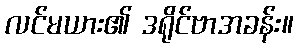
လင်မယား၏ ဒရိုင်ဗာအခန်း။